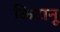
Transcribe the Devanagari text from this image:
किटानू